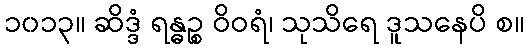
၁၀၁၃။ ဆိဒ္ဒံ ရန္ဓဉ္စ ဝိဝရံ၊ သုသိရေ ဒူသနေပိ စ။